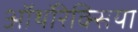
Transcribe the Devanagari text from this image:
ऑर्थोरेक्सिया